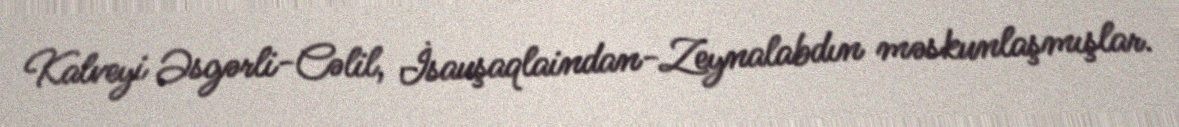
Kalveyi Əsgərli-Cəlil, İsauşaqlaindan-Zeynalabdın məskunlaşmışlar.